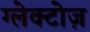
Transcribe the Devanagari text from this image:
ग्लेक्टोज़